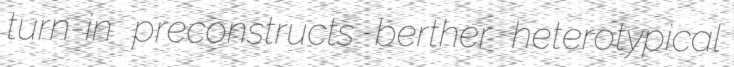
turn-in preconstructs berther heterotypical